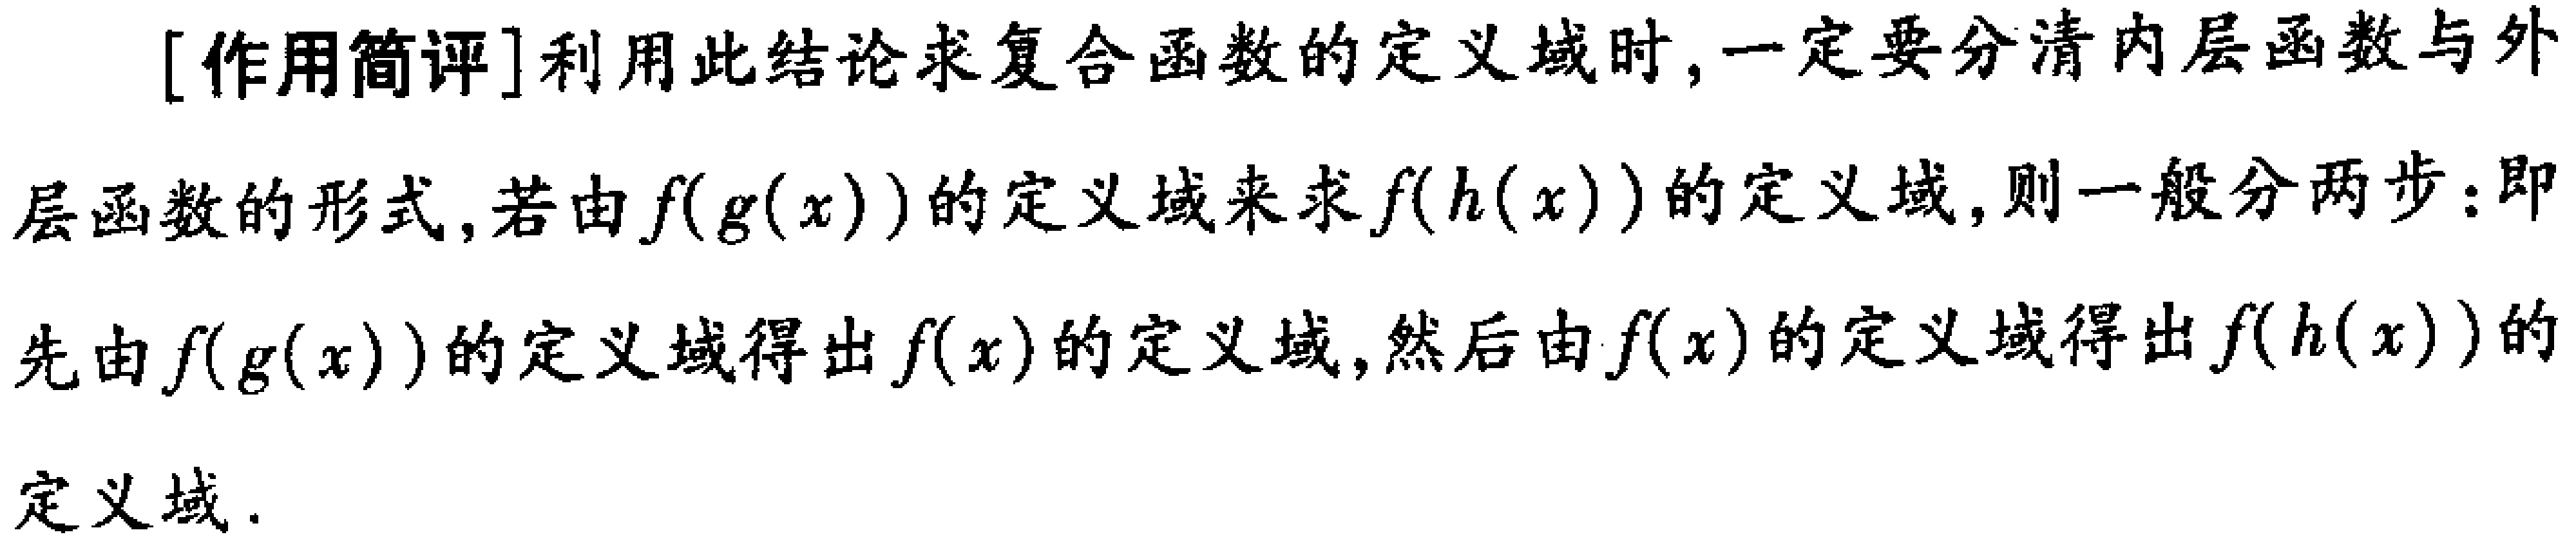
[作用简评]利用此结论求复合函数的定义域时,一定要分清内层函数与外层函数的形式,若由\(f(g(x))\)的定义域来求\(f(h(x))\)的定义域,则一般分两步：即先由\(f(g(x))\)的定义域得出\(f(x)\)的定义域,然后由\(f(x)\)的定义域得出\(f(h(x))\)的定义域.